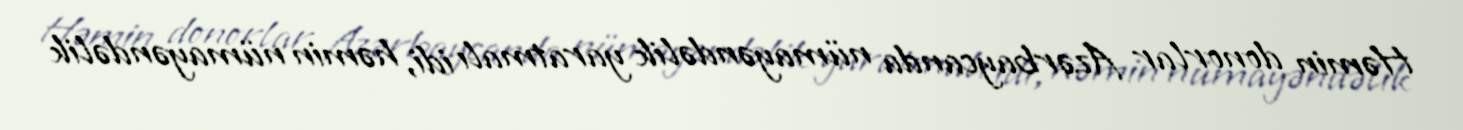
Həmin donorlar Azərbaycanda nümayəndəlik yaratmalı idi, həmin nümayəndəlik